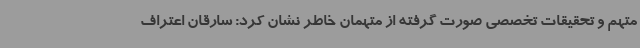
متهم و تحقیقات تخصصی صورت گرفته از متهمان خاطر نشان کرد: سارقان اعتراف